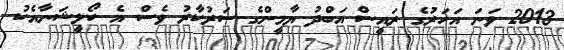
2013 ވަނަ އަހަރުގެ ރައީސް އަބްދު ޔާމީންގެ ސަރުކާރު ވެސް އެ ކޯލީޝަނާއެކު